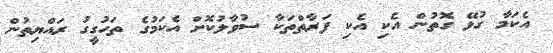
އެކަމާ ގުޅޭ ގޮތުން އެކި އެކި ފަރާތްތަކާ ސުވާލުކޮށް އެކަމުގެ ތަހުގީގު ރައްޔިތުން